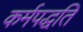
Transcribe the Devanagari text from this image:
कर्मपद्धति